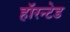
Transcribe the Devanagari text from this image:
हॉरन्टेड